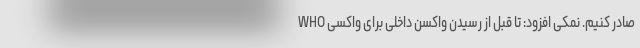
WHO صادر کنیم. نمکی افزود: تا قبل از رسیدن واکسن داخلی برای واکسی